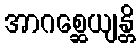
အာဂစ္ဆေယျန္တိ